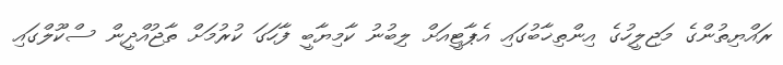
ރައްޔިތުންގެ މަޖިލީހުގެ އިންތިޚާބުގައި އެޕާޓީއަށް ލިބުނު ކާމިޔާބީ ފާހަގަ ކުރުމަށް ތާޖުއްދީން ސްކޫލްގައި